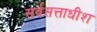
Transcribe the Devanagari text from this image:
सर्वसत्ताधीश